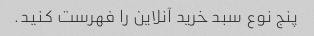
پنج نوع سبد خرید آنلاین را فهرست کنید.